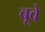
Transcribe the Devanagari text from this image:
बूवे